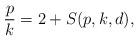
LaTeX: \begin{align*} \frac{p}{k}=2 + S(p, k, d), \end{align*}